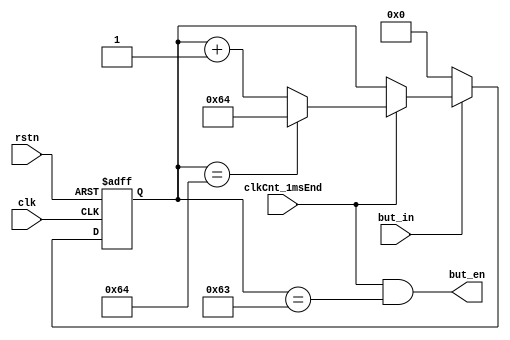

module wm_but (
	input		clk,
	input		rstn,
	input		clkCnt_1msEnd,
	input		but_in,
	output		but_en
);


	// Button
	
	parameter BUT_EN_CNT = 100;

	reg		[7:0]	butPressCnt;
	always @(posedge clk or negedge rstn) begin
		if (~rstn)
			butPressCnt <= 0;
		else if (~but_in)
			butPressCnt <= 0;
		else if (clkCnt_1msEnd) begin
			if (butPressCnt == BUT_EN_CNT)
				butPressCnt <= BUT_EN_CNT;
			else
				butPressCnt <= butPressCnt + 1;
		end
	end

	assign but_en = clkCnt_1msEnd & (butPressCnt == BUT_EN_CNT - 1);

endmodule